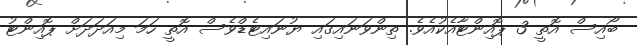
ބޯއިސް އޮތީ 3 ޕޮއިންޓާއެކުއެވެ. ތިންވަނައިގައި ޔުނައިޓެޑްވެސް އޮތީ ހަމަ މިއަދަދަށް ޕޮއިންޓު